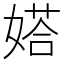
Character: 㜓